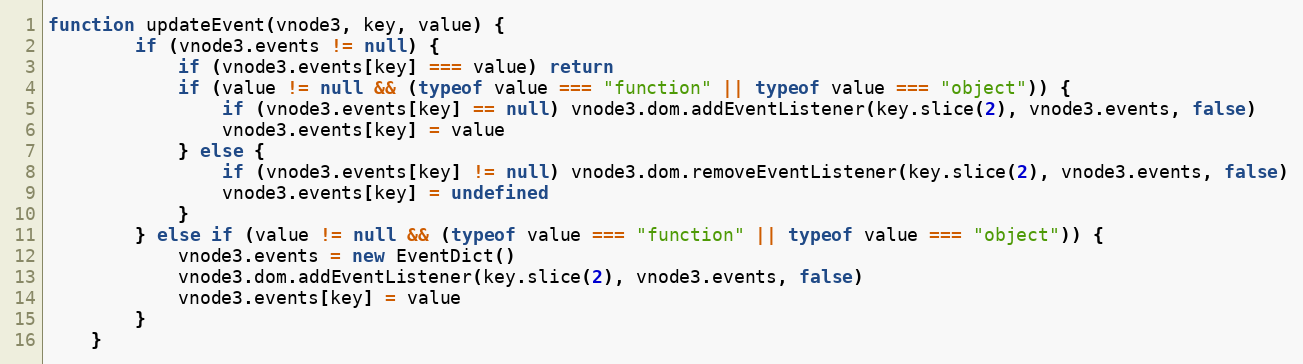
Language: JavaScript
function updateEvent(vnode3, key, value) {
		if (vnode3.events != null) {
			if (vnode3.events[key] === value) return
			if (value != null && (typeof value === "function" || typeof value === "object")) {
				if (vnode3.events[key] == null) vnode3.dom.addEventListener(key.slice(2), vnode3.events, false)
				vnode3.events[key] = value
			} else {
				if (vnode3.events[key] != null) vnode3.dom.removeEventListener(key.slice(2), vnode3.events, false)
				vnode3.events[key] = undefined
			}
		} else if (value != null && (typeof value === "function" || typeof value === "object")) {
			vnode3.events = new EventDict()
			vnode3.dom.addEventListener(key.slice(2), vnode3.events, false)
			vnode3.events[key] = value
		}
	}